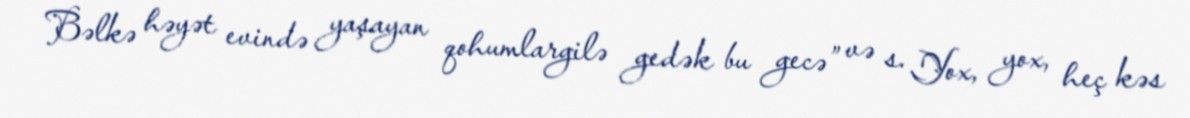
Bəlkə həyət evində yaşayan qohumlargilə gedək bu gecə” və s. Yox, yox, heç kəs